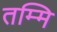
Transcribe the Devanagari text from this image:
तम्मि